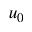
u _ { 0 }